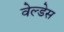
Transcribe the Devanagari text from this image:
वेल्‍डेस